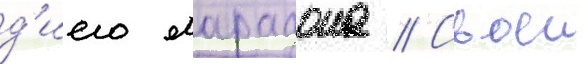
д'иего марадона // Своеи